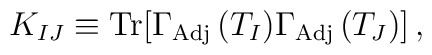
K_{IJ} \equiv {\rm Tr} [\Gamma_{\rm Adj}\,(T_{I}) \Gamma_{\rm Adj}\,(T_{J}) ]\, ,